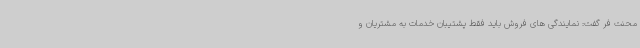
محنت فر گفت: نمایندگی های فروش باید فقط پشتیبان خدمات به مشتریان و